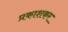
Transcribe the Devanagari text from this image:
प्रकाशकर